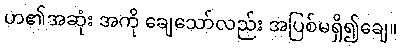
ဟ၏အဆုံး အကို ချေသော်လည်း အပြစ်မရှိ၍ချေ။